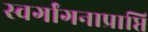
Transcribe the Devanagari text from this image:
स्वर्गांगनाप्राप्ति